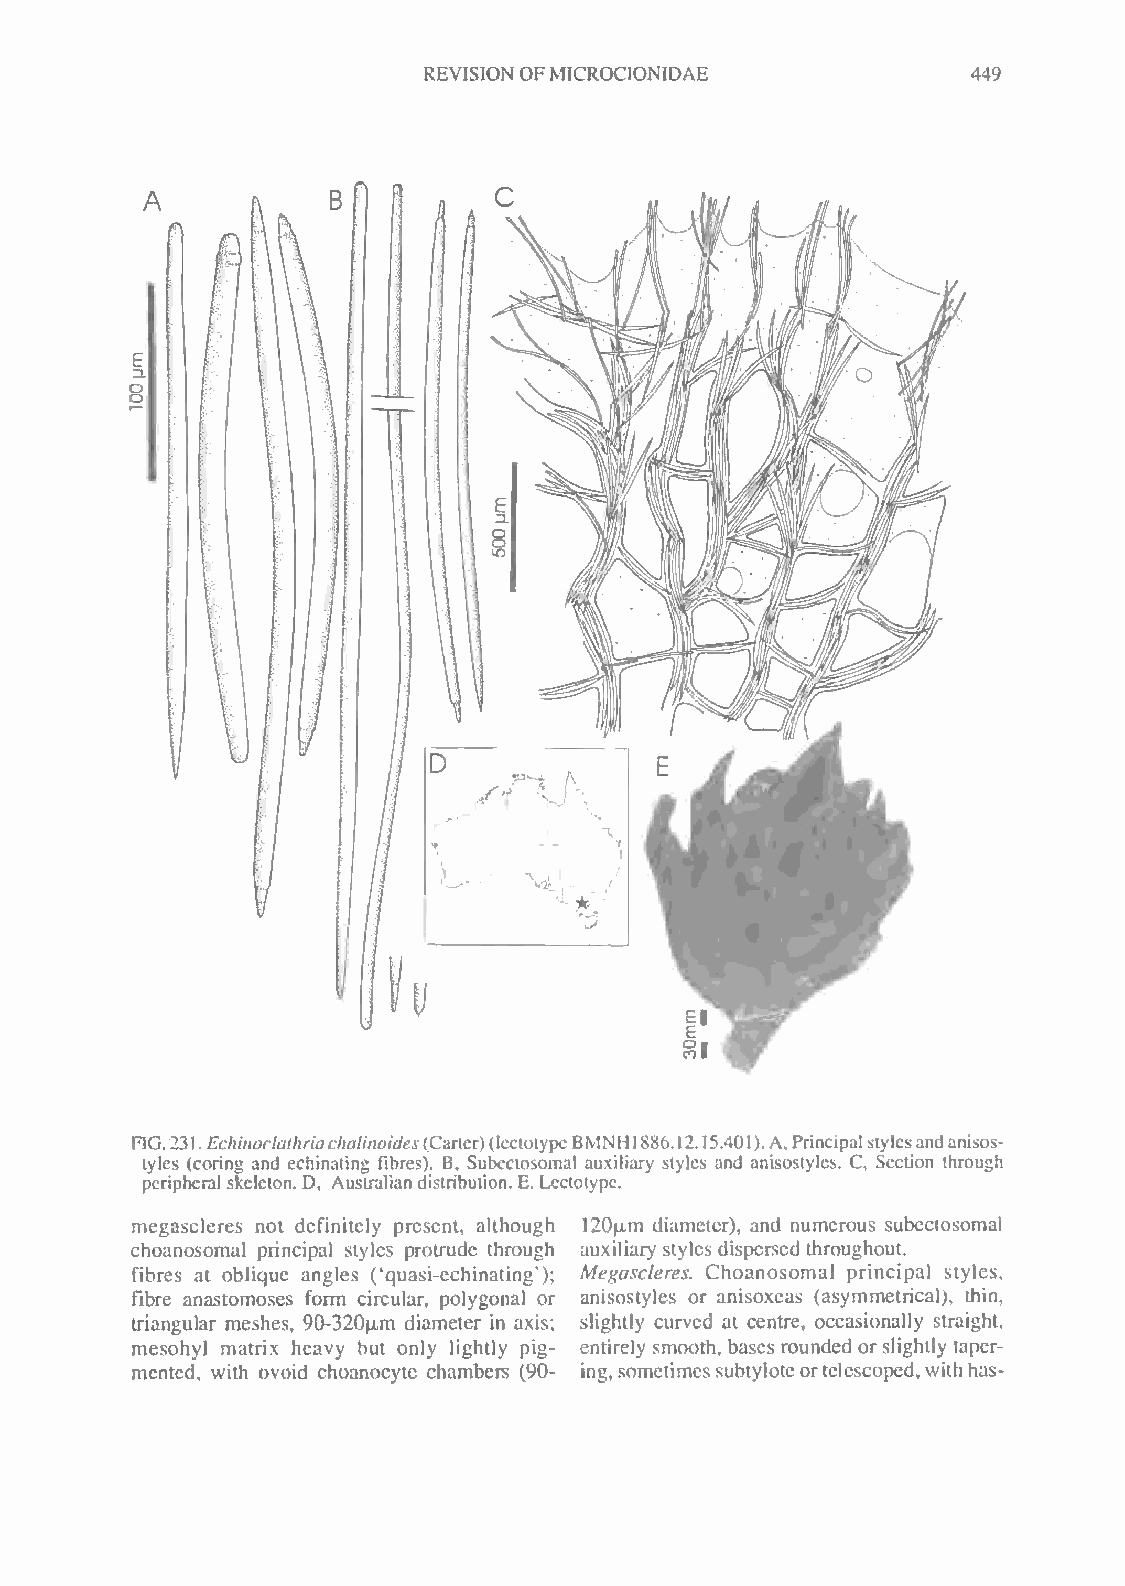
REVISION OFMICROCIONIDAE            449
 RG.231.Ec/w'rt0r/a//in*0rto
 tylcs (coring and echinaling fibres). B, Subectosomal auxiliary styles and anisostyles. C, Section through
 peripheralskeleton. D, Australian distribution. E, Lectolype.
 megascleres not definitely present, although I20fim diameter), and numerous subectosomal
 choanosomal principal styles protrude through auxiliary styles dispersed throughout.
 fibres at oblique angles kquasi-echinating'); Megascleres. Choanosomal principal styles,
 (
 fibre anastomoses form circular, polygonal or anisostyles or anisoxeas (asymmetrical), thin,
 triangular meshes, 90-320u-m diameter in axis; slightly curved at centre, occasionally straight,
 mesohyl matrix heavy but only lightly pig- entirely smooth, bases rounded or slightly taper-
 mented, with ovoid choanocyte chambers (90- ing,sometimes subtyloteortelescoped,withhas-